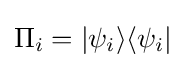
\Pi _{i}=|\psi _{i}\rangle \langle \psi _{i}|